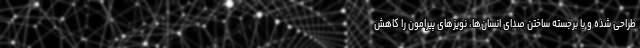
طراحی شده و با برجسته ساختن صدای انسان‌ها، نویزهای پیرامون را کاهش